NAE_ERA_R-2324_Eesti_Vabariigi_Pohiseaduslik_Assamblee, lk 20
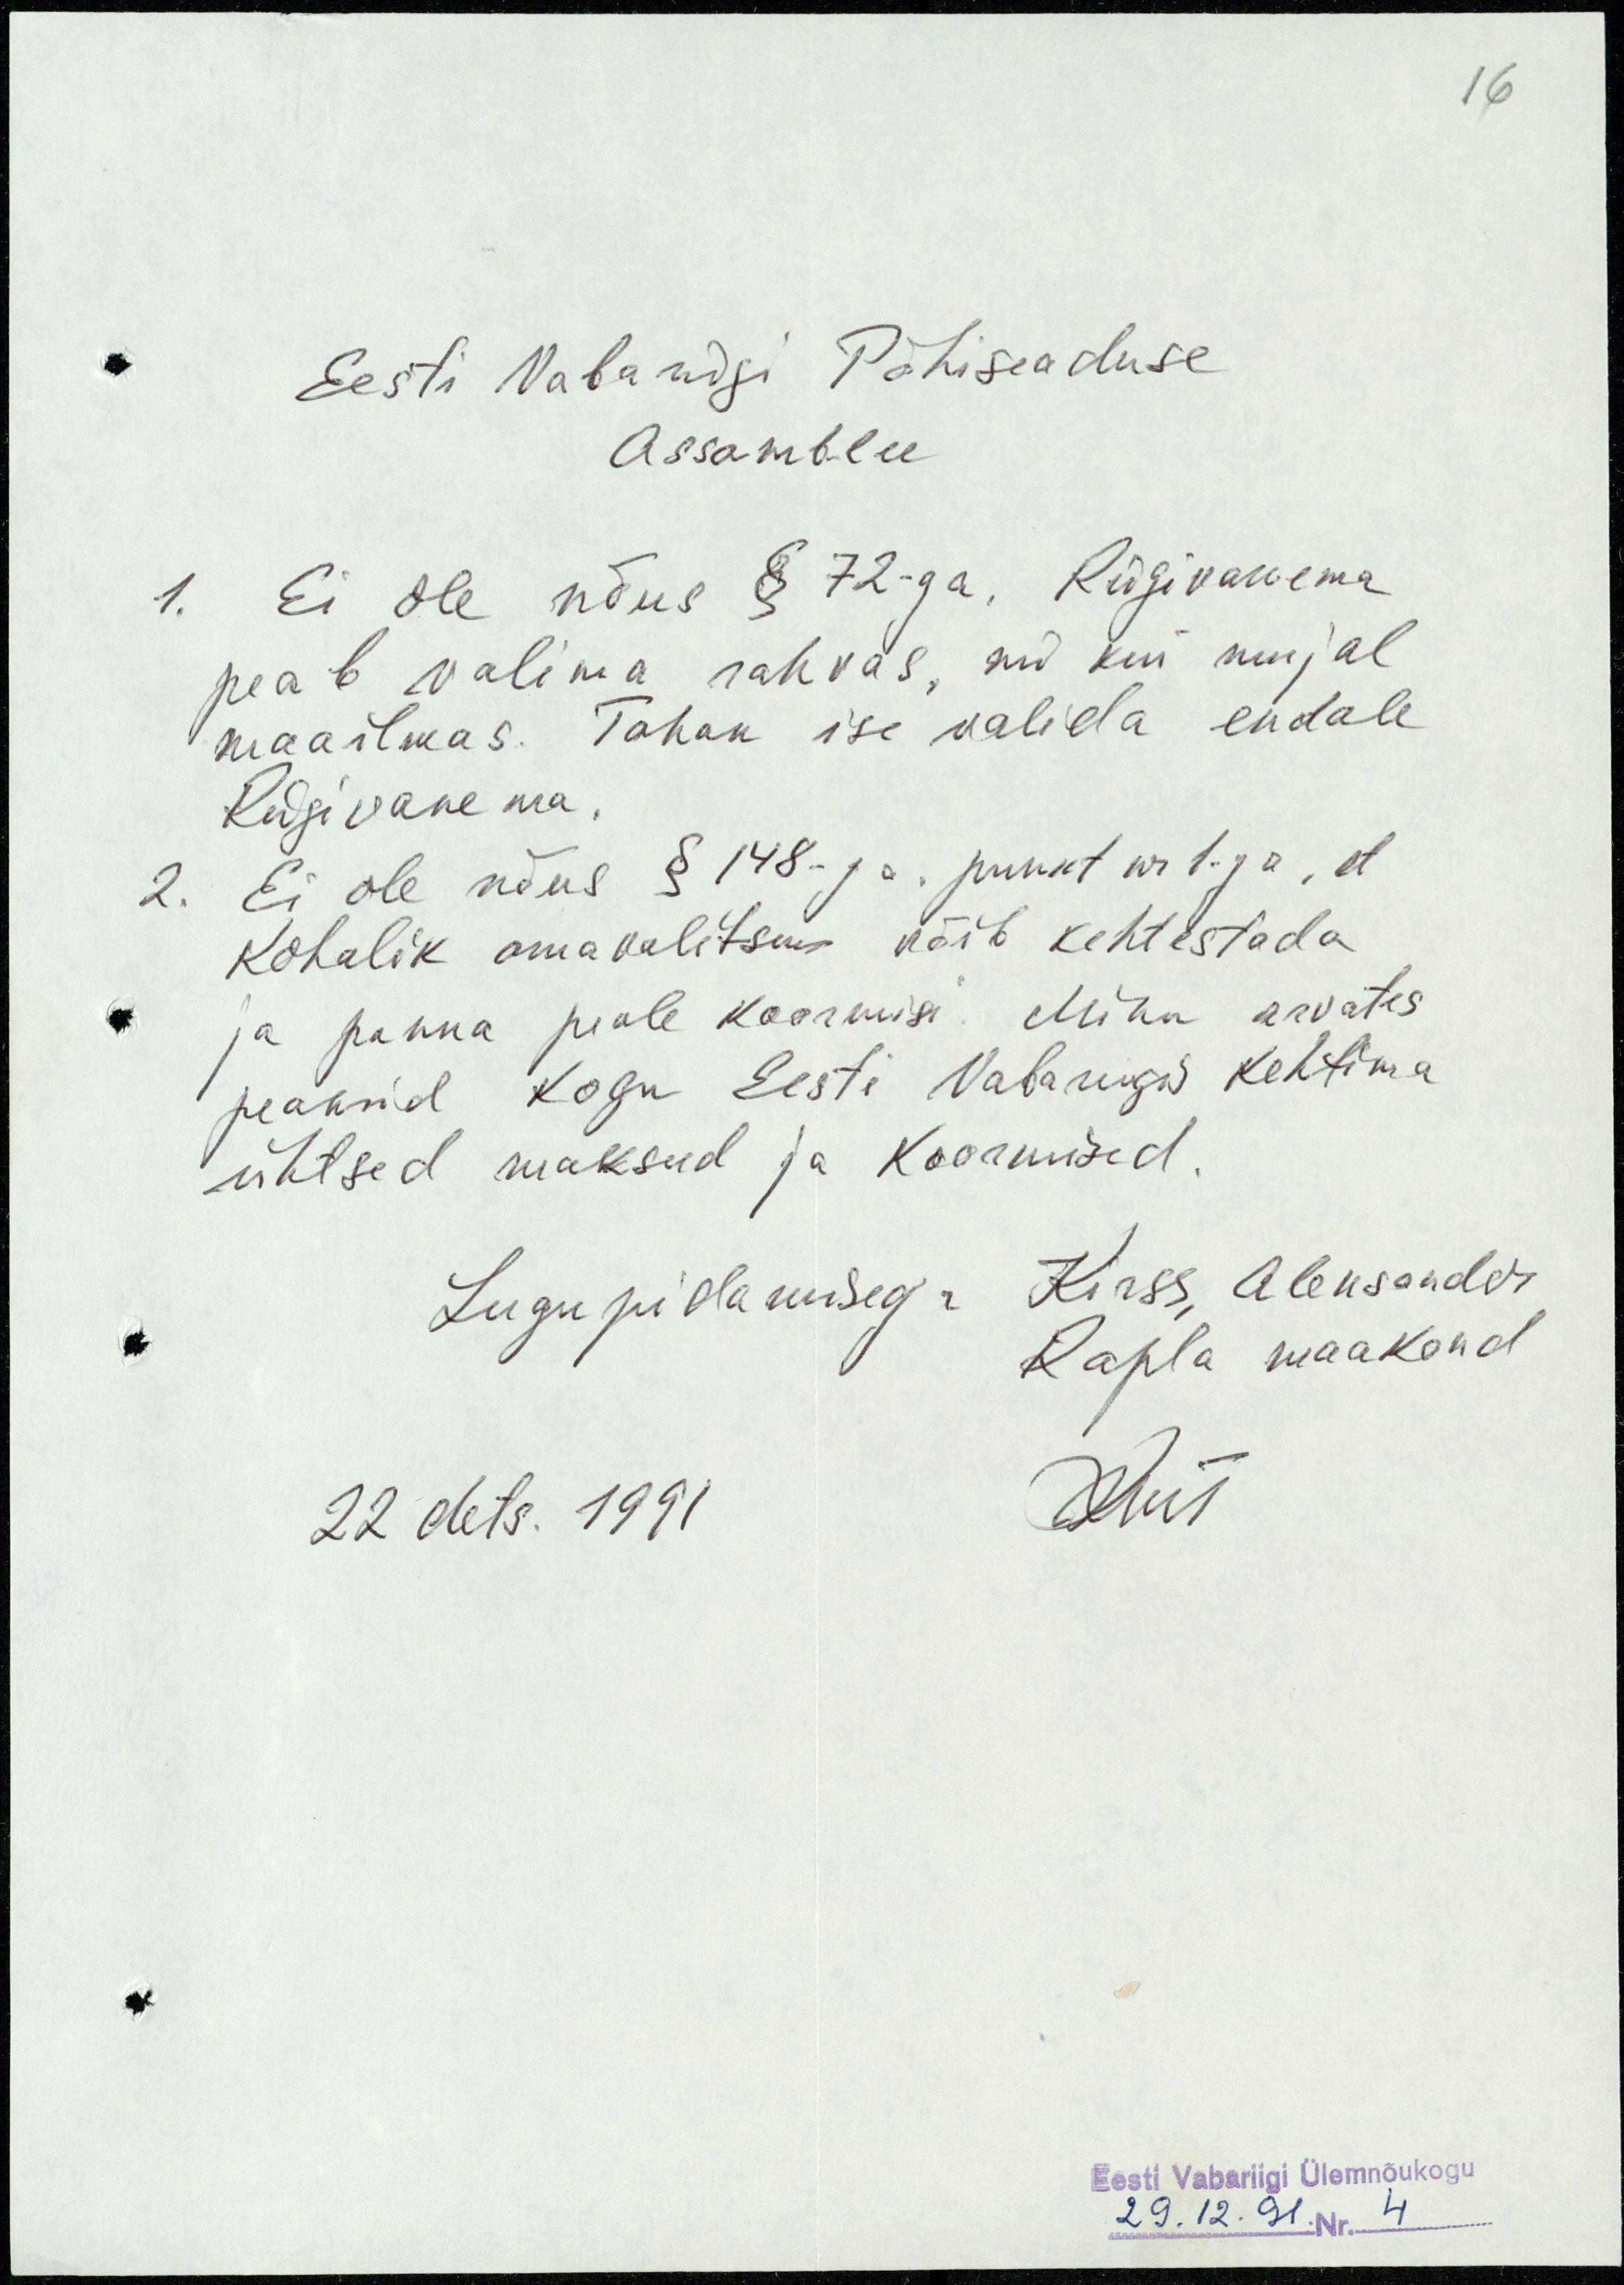
16
Eesti Vabariigi Põhiseaduse
Assamblee
1. Ei ole nõus § 72-ga, Riigivanema
peab valima rahvas, nii kui mujal
maailmas. Tahan ise valida endale
Riigivanema.
2. Ei ole nõus § 148- ga. punkt nr 1-ga, et
Kohalik omavalitsus võib kehtestada
ja panna peale koormisi. Minu arvates
peaksid kogu Eesti Vabariigis kehtima
ühtsed maksud ja koormised.
Lugupidamisega Kirss, Aleksander
Rapla maakond
22 dets. 1991

Eesti Vabariigi Ülemnõukogu
29.12.91.Nr. 4